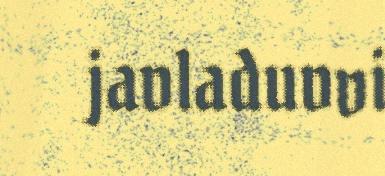
javladuvvi